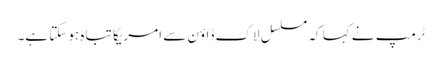
ٹرمپ نے کہا کہ مسلسل لاک ڈاؤن سے امریکا تباہ ہوسکتا ہے۔